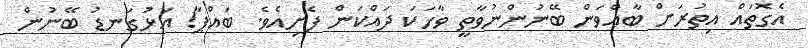
އެގޮތައް އިތުރަށް ބާއްވަން ބޭނުންނުވާތީ ވާހަކަ ދައްކަން ފެށިއެވެ. ބައްޕާ! އަޅުގަނޑު ބޭނުން